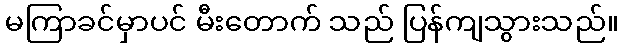
မကြာခင်မှာပင် မီးတောက် သည် ပြန်ကျသွားသည်။